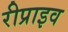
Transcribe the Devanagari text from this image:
रीप्राइव